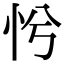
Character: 𢗴